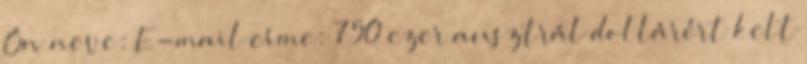
Ön neve: E-mail címe: 750 ezer ausztrál dollárért kelt